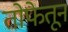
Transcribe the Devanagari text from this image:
तोफेतून